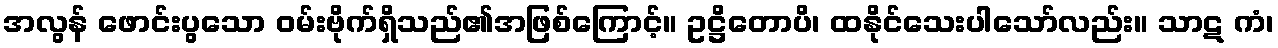
အလွန် ဖောင်းပွသော ဝမ်းဗိုက်ရှိသည်၏အဖြစ်ကြောင့်။ ဥဋ္ဌိတောပိ၊ ထနိုင်သေးပါသော်လည်း။ သာဋ ကံ၊